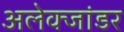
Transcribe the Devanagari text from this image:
अलेक्जांडर